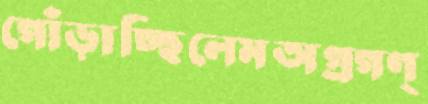
গোঁড়াচ্ছিলেমঅগ্রগণ্